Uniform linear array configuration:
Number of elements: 48
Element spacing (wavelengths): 1
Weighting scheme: hamming
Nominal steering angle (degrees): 60
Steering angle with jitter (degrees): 60.044
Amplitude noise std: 0.05
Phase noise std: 0.05

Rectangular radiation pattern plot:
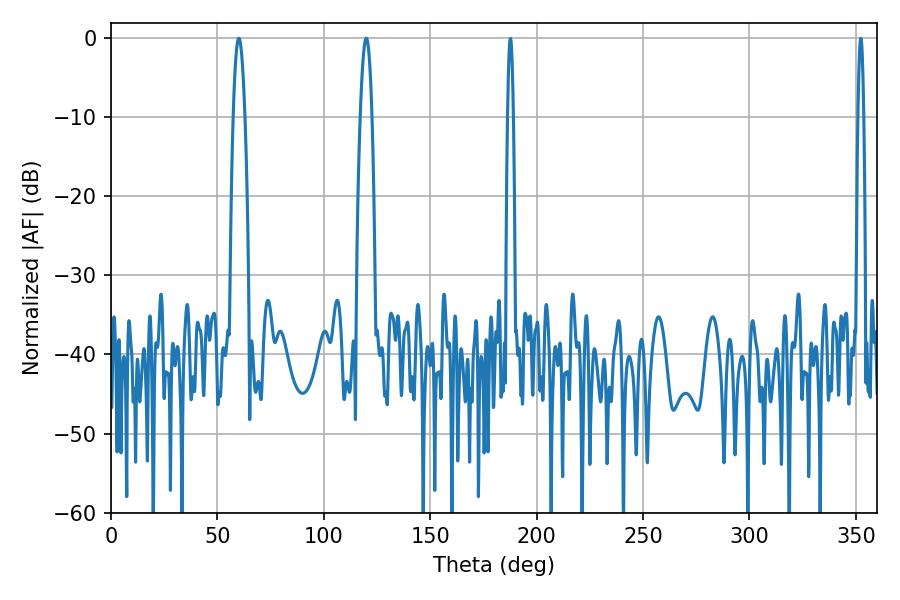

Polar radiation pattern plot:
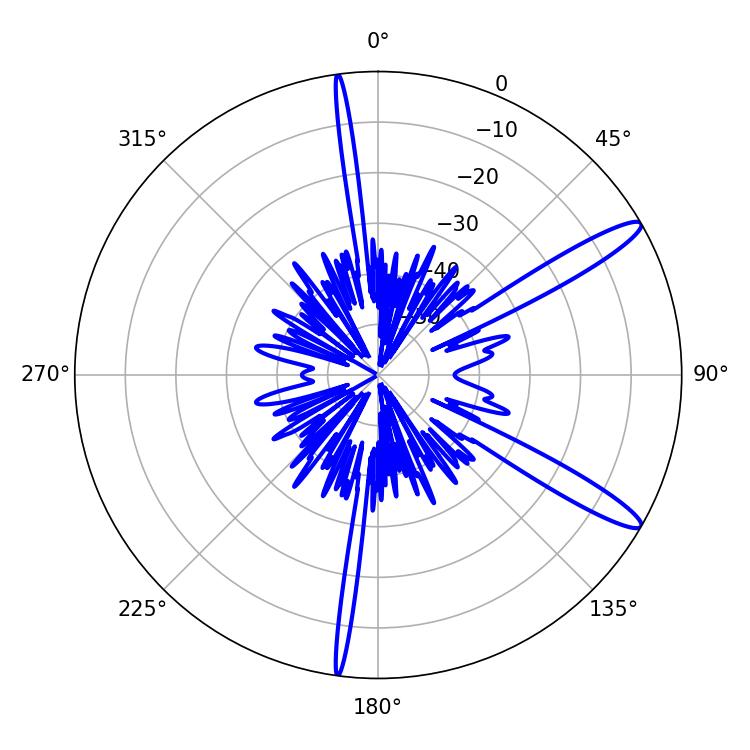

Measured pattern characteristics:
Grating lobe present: TRUE
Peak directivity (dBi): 13.353
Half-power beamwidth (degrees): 2.88
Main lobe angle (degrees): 60.12